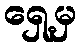
ရှေ့မှ